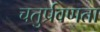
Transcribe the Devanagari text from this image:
चतुर्प्रवणता